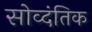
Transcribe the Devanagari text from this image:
सोव्दंतिक